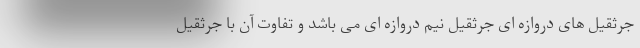
جرثقیل های دروازه ای جرثقیل نیم دروازه ای می باشد و تفاوت آن با جرثقیل